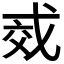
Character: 𫻱